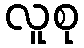
လူစု